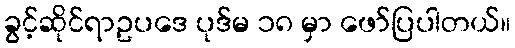
ခွင့်ဆိုင်ရာဥပဒေ ပုဒ်မ ၁၈ မှာ ဖော်ပြပါတယ်။